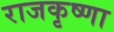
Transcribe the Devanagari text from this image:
राजकृष्णा